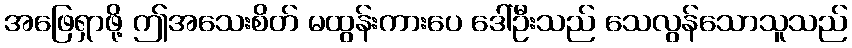
အဖြေရှာဖို့ ဤအသေးစိတ် မထွန်းကားပေ ဒေါ်ဦးသည် သေလွန်သောသူသည်